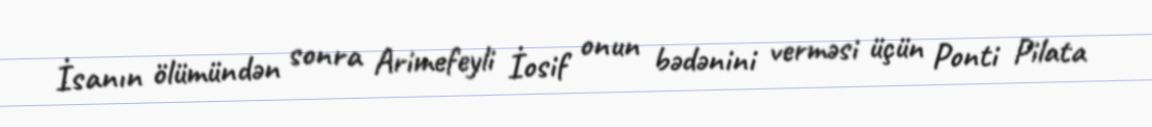
İsanın ölümündən sonra Arimefeyli İosif onun bədənini verməsi üçün Ponti Pilata